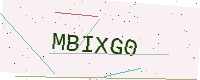
Text: MBIXG0